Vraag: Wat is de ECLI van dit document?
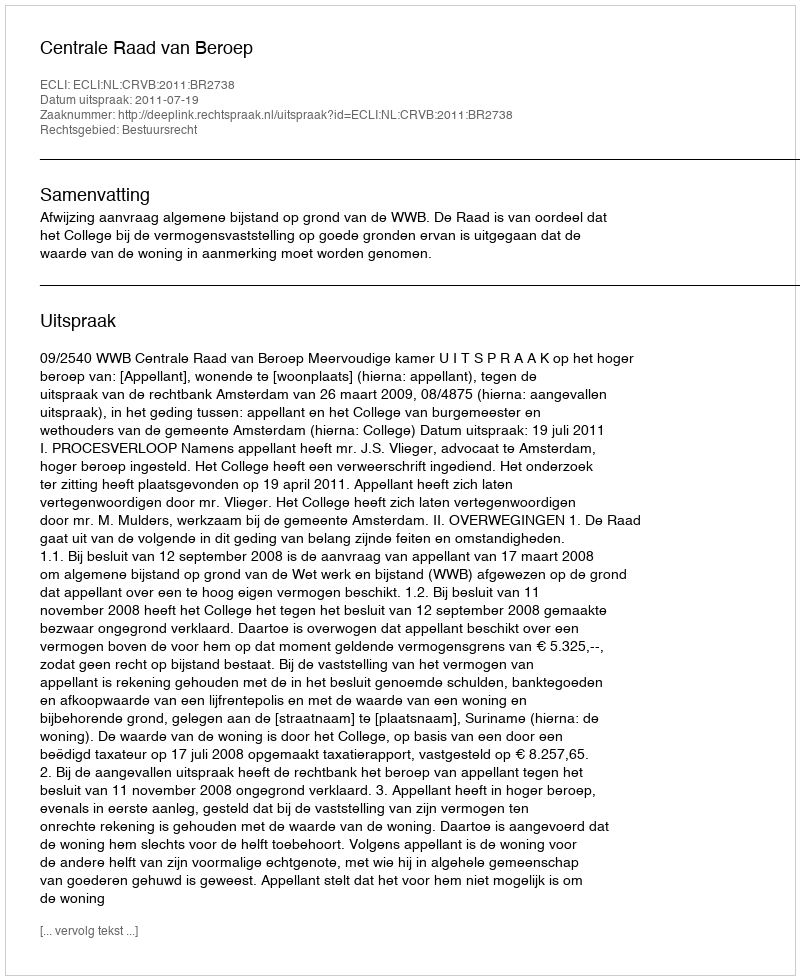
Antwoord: ECLI:NL:CRVB:2011:BR2738